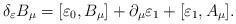
LaTeX: \begin{align*}\delta_{\varepsilon} B_{\mu} = [\varepsilon_{0},B_{\mu}] + \partial_{\mu} \varepsilon_{1} + [\varepsilon_{1},A_{\mu}].\end{align*}